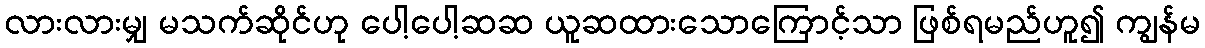
လားလားမျှ မသက်ဆိုင်ဟု ပေါ့ပေါ့ဆဆ ယူဆထားသောကြောင့်သာ ဖြစ်ရမည်ဟူ၍ ကျွန်မ